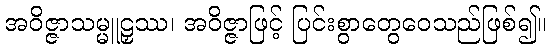
အဝိဇ္ဇာသမ္မူဠှဿ၊ အဝိဇ္ဇာဖြင့် ပြင်းစွာတွေဝေသည်ဖြစ်၍။